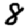
Digit: 8